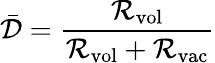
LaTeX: \bar{\mathcal{D}}=\frac{\mathcal{R}_{\mathrm{vol}}}{\mathcal{R}_{\mathrm{vol}}+\mathcal{R}_{\mathrm{vac}}}